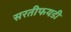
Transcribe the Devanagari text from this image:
सरतीफयडी